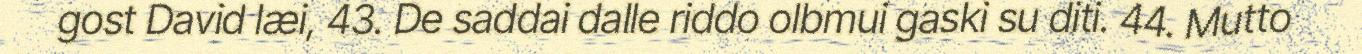
gost David læi, 43. De saddai dalle riddo olbmui gaski su diti. 44. Mutto